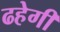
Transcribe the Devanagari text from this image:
ढहेगी